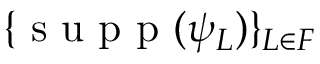
\{ \mathrm { ~ s ~ u ~ p ~ p ~ } ( \psi _ { L } ) \} _ { L \in F }